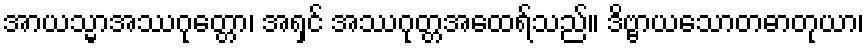
အာယသ္မာအဿဂုတ္တော၊ အရှင် အဿဂုတ္တအထေရ်သည်။ ဒိဗ္ဗာယသောတဓာတုယာ၊